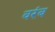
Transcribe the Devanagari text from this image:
वरंब